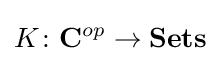
K\colon \mathbf {C} ^{op}\to \mathbf {Sets}